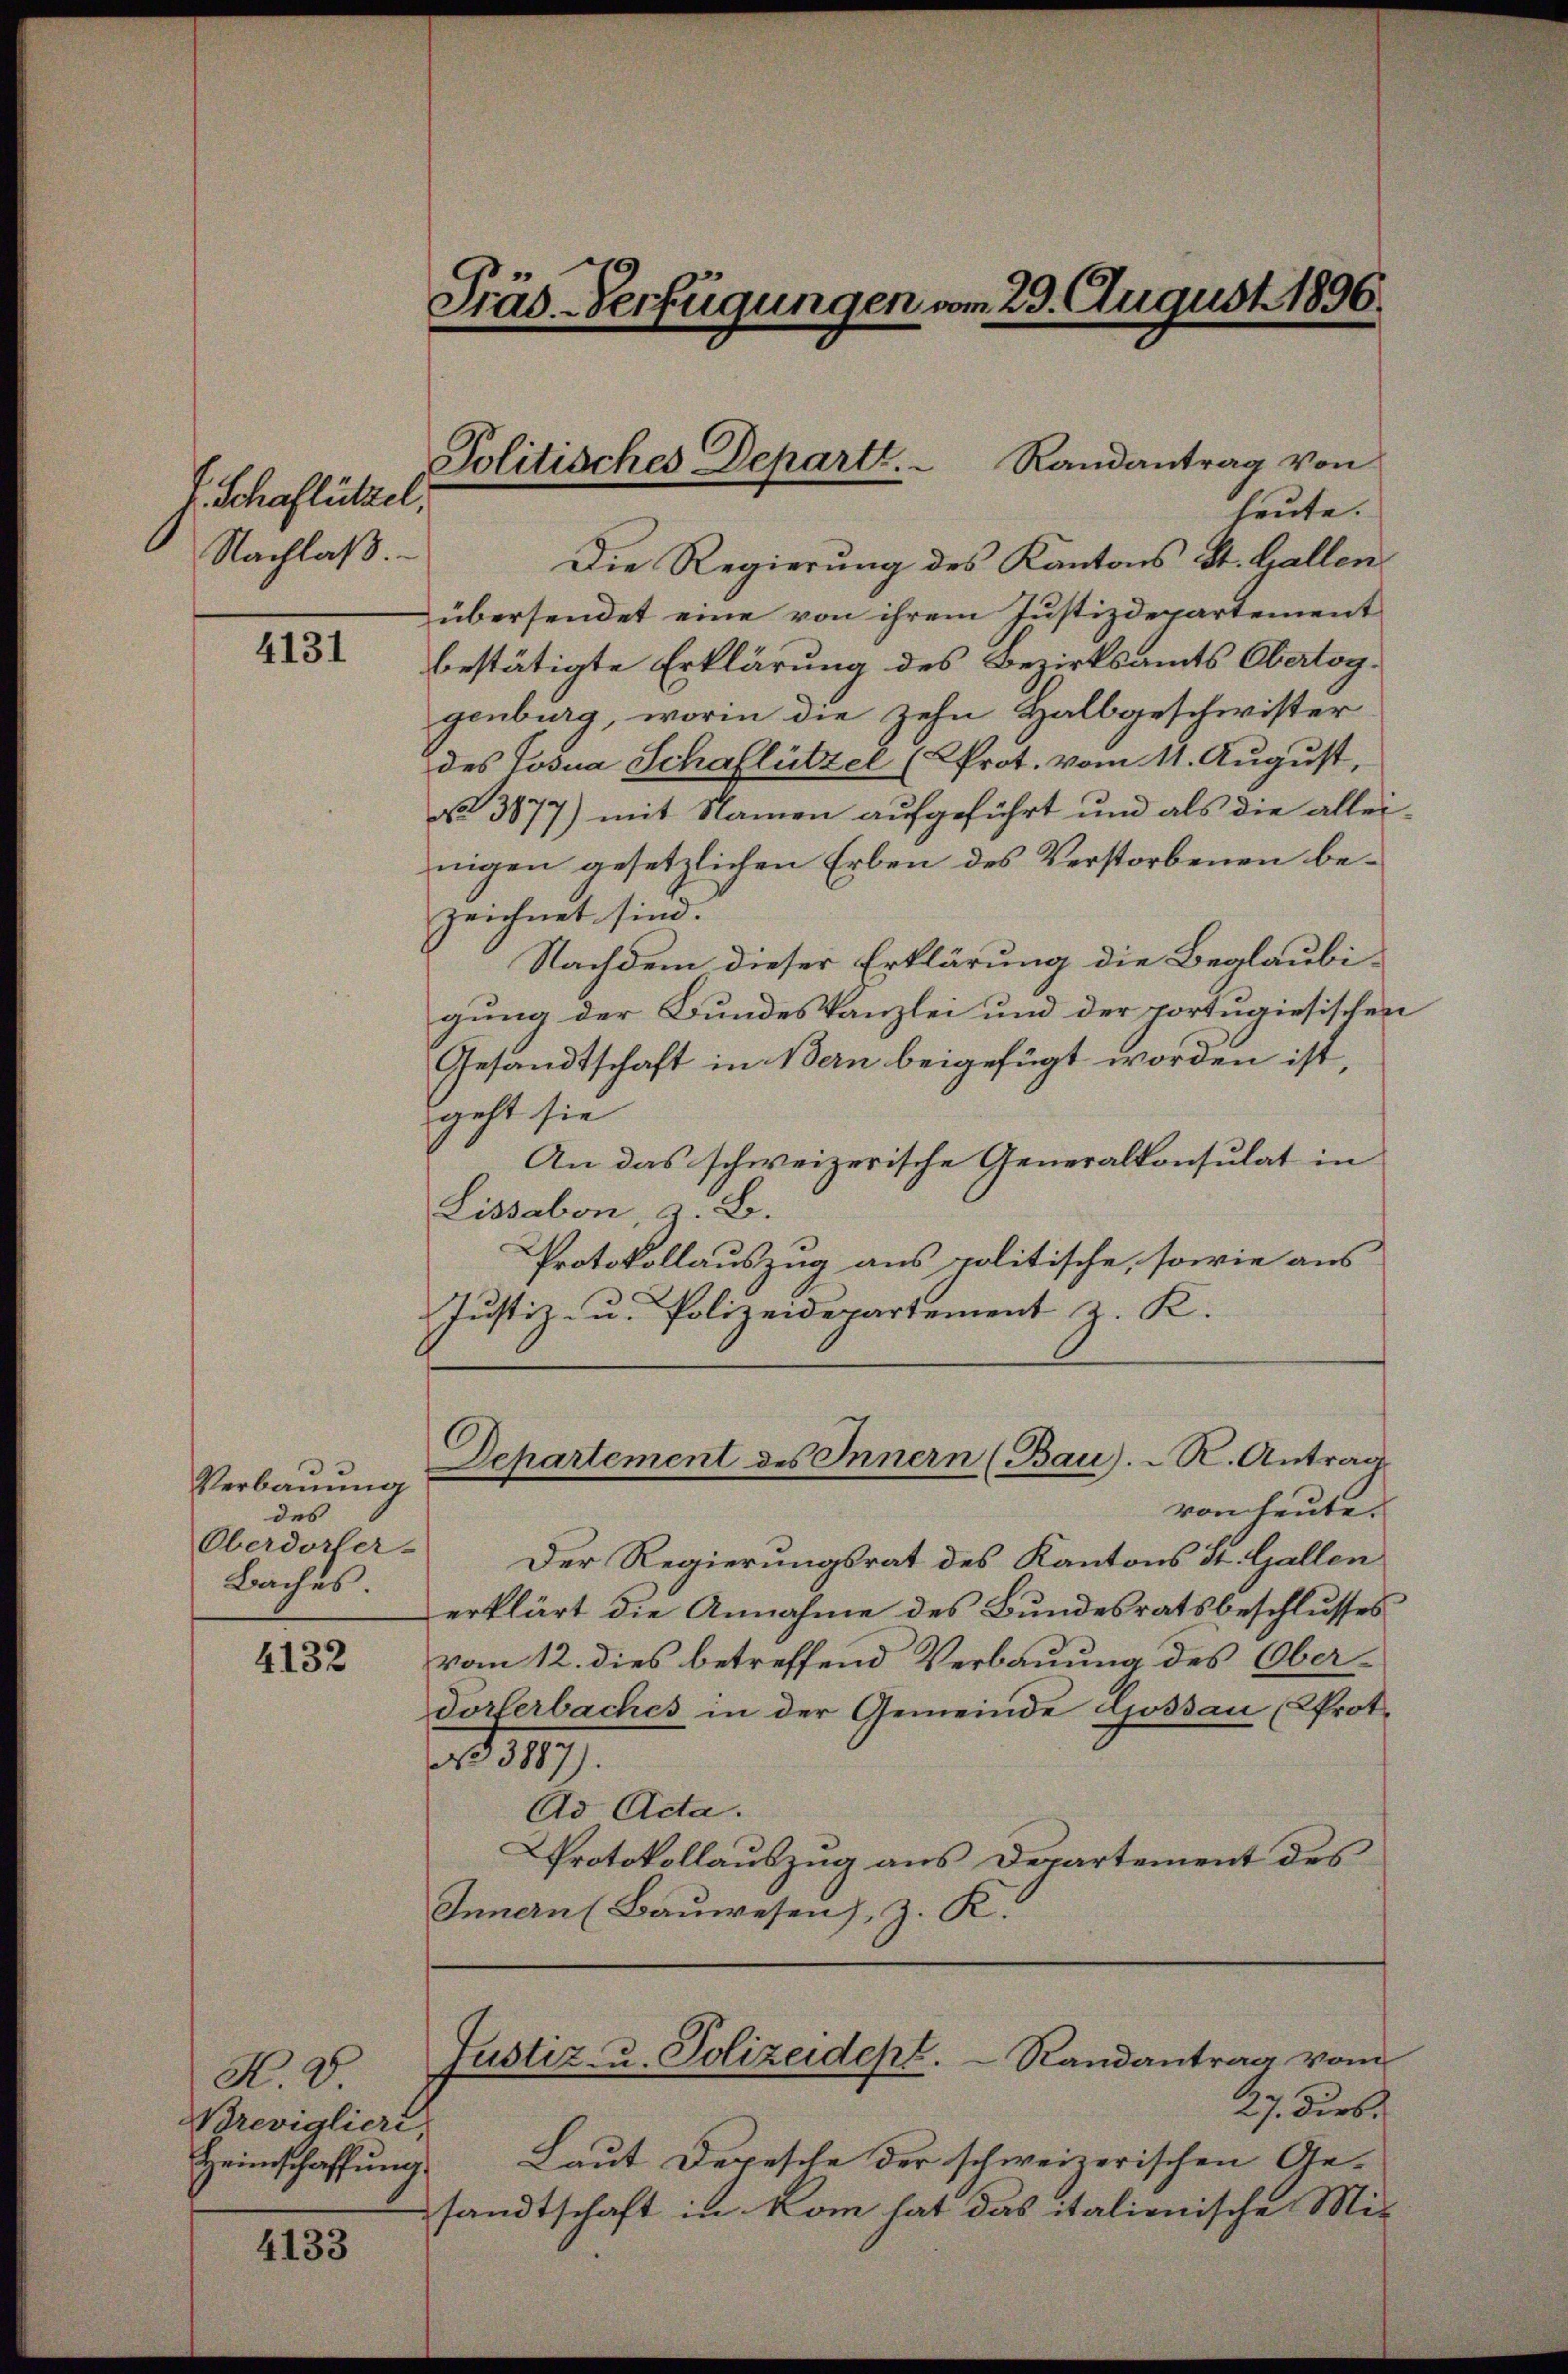
E. Schaflüttel.
Nachlaß.

4131

Verbauung
des
Oberdorfer-
Baches

4132

N. V.
Brevigliere,
Heimschaffung

4133

Präs-Verfügungen vom 23. August 1896

Randantrag von
heute.
Die Regierung des Kantons St. Gallen
übersendet eine von ihrem Justizdepartement
bestätigte Erklärung des Bezirksamts Obertog.
genburg, worin die zehn Halbgeschwister
des Josia Schaflützel (Prot. vom 11. August,
N 3877) mit Namen aufgeführt und als die allei
nigen gesetzlichen Erben des Verstorbenen bezeichnet sind.
Nachdem dieser Erklärung die Beglaubigung der Bundeskanzlei und der portugiesischen
Gesandtschaft in Bern beigefügt worden ist,
geht sie
An das schweizerische Generalkonsulat in
Lissabon, z. B.
Protokollauszug aus politische, sowie aus
Justiz- u. Polizeidepartement z. K.
Departement des Innern (Bau). R. Antrag
von heute.
Der Regierungsrat des Kantons St. Gallen
erklärt die Annahme des Bundesratsbeschlusses
vom 12. dies betreffend Verbauung des Oberdorferbaches in der Gemeinde Gossau (Prot.
a d 1471.
Ad Acta.
Protokollauszug aus Departement des
Innern (Bauwesen, z. K.

Politisches Departe.

Justiz- u. Polizeidept.  Randantrag vom

27. Dieb
Laut Depesche der schweizerischen Ansandtschaft in kom hat das italienische Mit